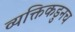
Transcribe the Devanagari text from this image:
व्यक्तिकडुनच